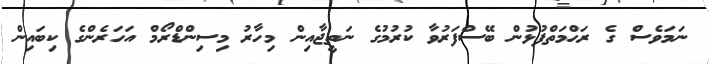
ނަމަވެސް ގެ ރަޙްމަތްފުޅުން ބޭސްފަރުވާ ކުރުމުގެ ނަތީޖާއިން މިހާރު މިސިންޑްރޯމް އަހަރެންގެ ކިބައިން